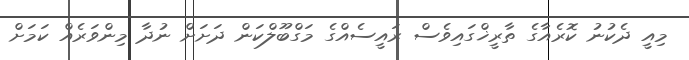
މިއީ ދެކުނު ކޮރެއާގެ ތާރީޚްގައިވެސް ރައީސެއްގެ މަގްބޫލްކަން ދަށަށް ނުދާ މިންވަރެއް ކަމަށް